Plague in India, 1896, 1897 - Volume 3
Year: 1896
Disease focus: Plague
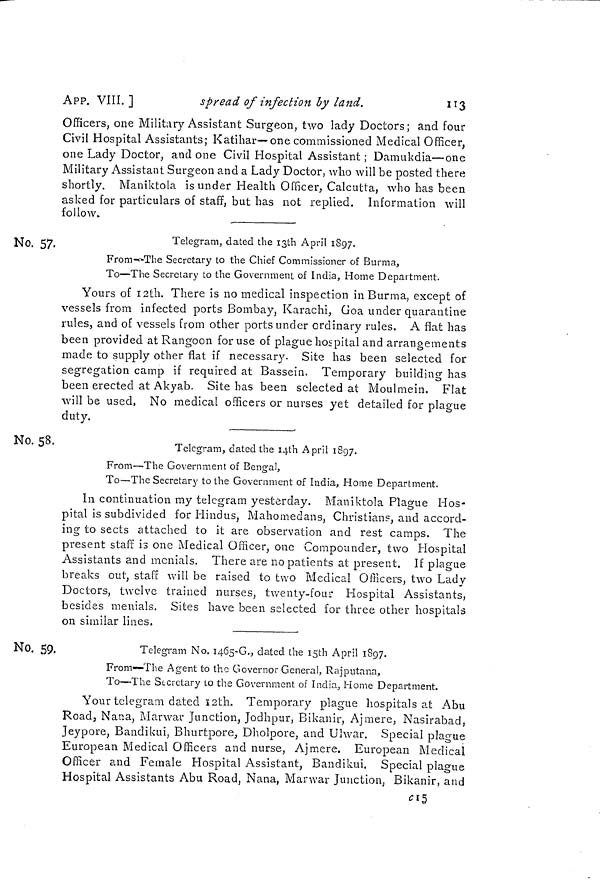
APP. VIII.]
spread of infection by land.
113
Officers, one Military Assistant Surgeon, two lady Doctors; and four
Civil Hospital Assistants; Katihar—one commissioned Medical Officer,
one Lady Doctor, and one Civil Hospital Assistant ; Damukdia—one
Military Assistant Surgeon and a Lady Doctor, who will be posted there
shortly. Maniktola is under Health Officer, Calcutta, who has been
asked for particulars of staff, but has not replied. Information will
follow.
No. 57-
Telegram, dated the ißth April 1897.
From-^The Secretary to the Chief Commissioner of Burma,
To—The Secretary to the Government of India, Home Department.
Yours of 12th. There is no medical inspection in Burma, except of
vessels from infected ports Bombay, Karachi, Goa under quarantine
rules, and of vessels from other ports under ordinary rules. A flat has
been provided at Rangoon for use of plague hospital and arrangements
made to supply other flat if necessary. Site has been selected for
segregation camp if required at Bassein. Temporary building has
been erected at Akyab. Site has been selected at Moulmein. Flat
will be used, No medical officers or nurses yet detailed for plague
duty.
No. 58.
Telegram, dated the i^th April 1897.
From—'The Government of Bengal,
To—The Secretary to the Government of India,, Home Department.
In continuation my telegram yesterday. Mauiktola Plague Hos-
pital is subdivided for Hindus, Mahomedans, Christian?, and accord-
ing to sects attached to it are observation and rest camps. The
present staff is one Medical Officer, one Compounder, two Hospital
Assistants and menials. There are no patients at present. If plague
breaks out, staff will be raised to two Medical Officers, two Lady
Doctors, twelve trained nurses, twenty-four Hospital Assistants,
besides menials. Sites have been selected for three other hospitals
on similar lines.
No. 59.
Telegram No. 1465-6.,, dated the i5th April 1897.
From—The Agent to the Governor General, Rajputana,
To—The Secretary to the Government of India, Home Department.
Your telegram dated s 2th. Temporary plague hospitals at Abu
Road, Nana, Mar war Junction, Jodhpur, Bikanir, Ajmere, Nasirabad,
Jeypore, Bandikui, Bhurtpore, Dholpore, and Ulwar. Special plague
European Medical Officers and nurse, Ajmere. European Medical
Officer and Female Hospital Assistant, Bandikui. Special plague
Hospital Assistants Abu Road, Nana, Marvvar Junction, Bikanir, and
"5